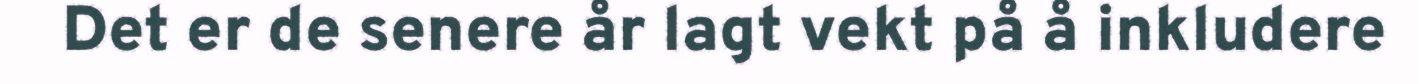
Det er de senere år lagt vekt på å inkludere